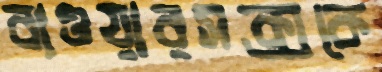
বাওয়ারসক্সকে